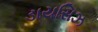
ડાયસિઝ